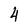
Character: 4